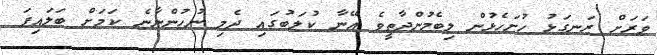
ވަރަށް ރަނގަޅު ހުށަހެޅުން ލިބެމުންދާތީވެ އޭނާ ކުލަބުގައި ދެމި ނުހުންނާނެ ކަމަށް ބަލައިފަ